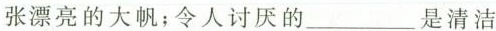
张漂亮的大帆；令人讨厌的\underline{}是清洁工，被作者爱怜地称作”